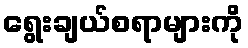
ရွေးချယ်စရာများကို